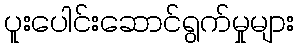
ပူးပေါင်းဆောင်ရွက်မှုများ